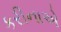
કરીનાએ